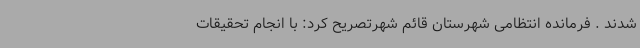
شدند . فرمانده انتظامی شهرستان قائم شهرتصریح کرد: با انجام تحقیقات